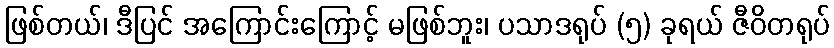
ဖြစ်တယ်၊ ဒီပြင် အကြောင်းကြောင့် မဖြစ်ဘူး၊ ပသာဒရုပ် (၅) ခုရယ် ဇီဝိတရုပ်